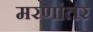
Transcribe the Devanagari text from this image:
मरणांतर